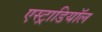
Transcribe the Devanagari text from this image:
एस्ट्राडियॉल